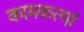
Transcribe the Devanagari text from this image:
कामकर्त्या